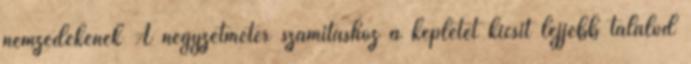
nemzedékének A négyzetméter számításhoz a képletet kicsit lejjebb találod